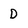
Character: D